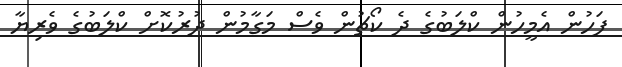
ފަހުން އެމީހުން ކްލަބުގެ ދެ ކޯޗުން ވެސް މަގާމުން ދުރުކޮށް ކްލަބުގެ ވެރިޔާ